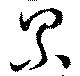
累